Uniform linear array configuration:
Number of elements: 32
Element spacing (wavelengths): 0.75
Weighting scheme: kaiser
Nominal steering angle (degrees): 60
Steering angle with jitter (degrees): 60.324
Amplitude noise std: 0.05
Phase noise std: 0.05

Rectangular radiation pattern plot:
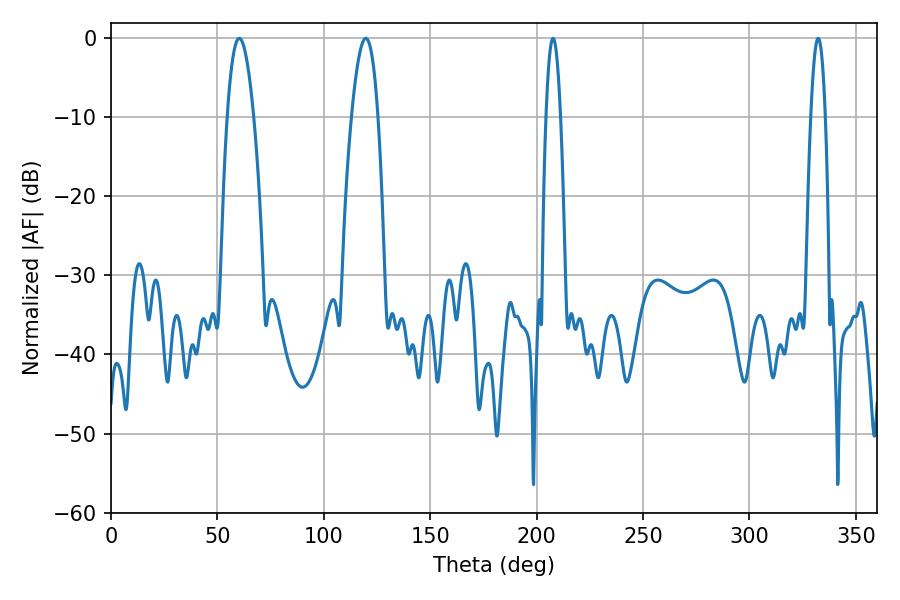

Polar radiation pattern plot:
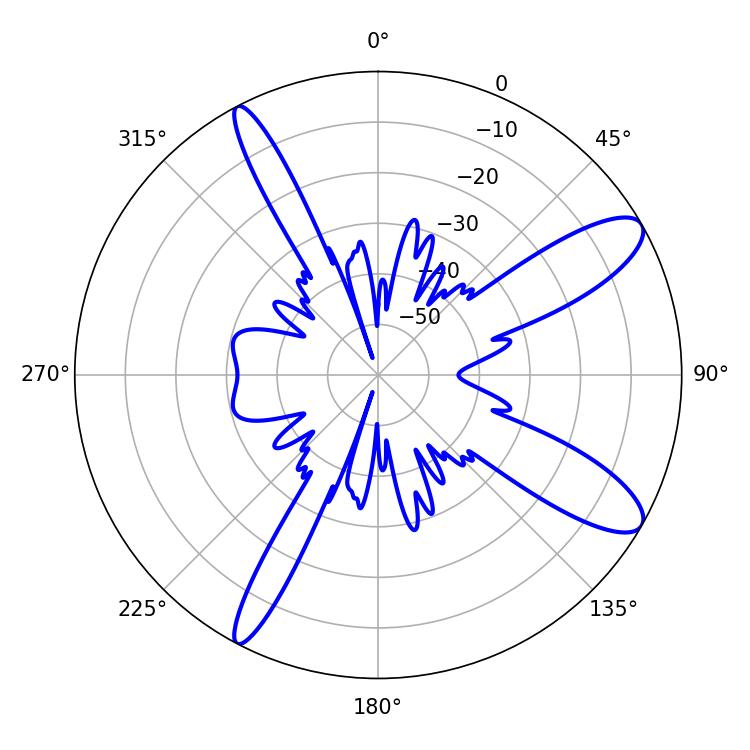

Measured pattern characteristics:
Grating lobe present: TRUE
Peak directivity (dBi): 11.047
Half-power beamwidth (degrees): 3.6
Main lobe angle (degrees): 207.72